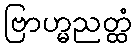
ဗြာဟ္မညတ္ထံ